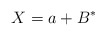
\begin{align*}X = a + B^*\end{align*}